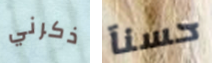
ذكرني حسنآ